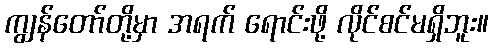
ကျွန်တော်တို့မှာ အရက် ရောင်းဖို့ လိုင်စင်မရှိဘူး။